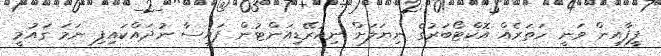
ފީފާއިން ވަނީ ހަތަރެއް އޮކްޓޯބަރުގެ ނިޔަލަށް ނިއުރޭޑިއަންޓުން ފައިސާ ނުދައްކައިފި ނަމަ ގައުމީ